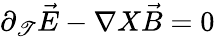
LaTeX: {\partial}_{\mathscr{T}}\vec{{E}}-{\nabla}X\vec{{B}}=0